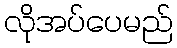
လိုအပ်ပေမည်